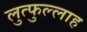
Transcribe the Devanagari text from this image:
लुत्फुल्लाह